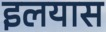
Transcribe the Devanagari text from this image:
इलयास